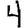
Digit: 4